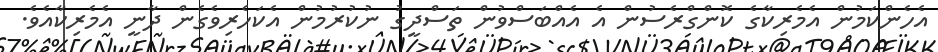
އެހެންކަމުން އެމެރިކާގެ ކޮންގްރެސުން އެ އެއްބަސްވުން ތަސްދީގު ނުކުރުމުން އެކަހެރިވެގެން ދާނީ އެމެރިކާއެވެ.